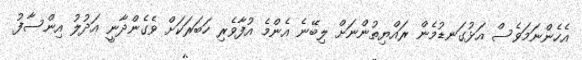
އެހެންނަމަވެސް އަޅުގަނޑުމެން ރައްޔިތުންނަށް ލިބޭނެ އެންމެ އުފާވެރި ހަބަރަކަށް ވެގެންދާނީ އަދުލު އިންސާފު